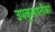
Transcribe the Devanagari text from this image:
उपकुलपतीका